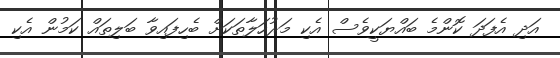
އަދި އެފަދަ ކޮންމެ ބައްޔަކީވެސް އެކި މަރުހަލާތަކަށް ބެހިފައިވާ ބަލިތައް ކަމުން އެކި